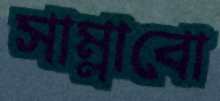
সাম্‌লাবো